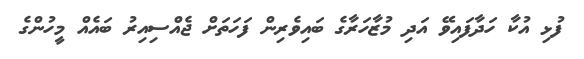
ފުޅި އުކާ ހަދާފައިވޭ އަދި މުޒާހަރާގެ ބައިވެރިން ފަހަތަށް ޖެއްސިއިރު ބައެއް މީހުންގެ